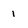
Character: 1